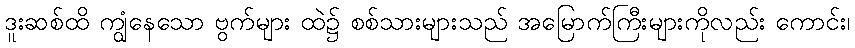
ဒူးဆစ်ထိ ကျွံနေသော ဗွက်များ ထဲ၌ စစ်သားများသည် အမြောက်ကြီးများကိုလည်း ကောင်း၊